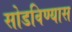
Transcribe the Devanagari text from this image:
सोडविण्यास